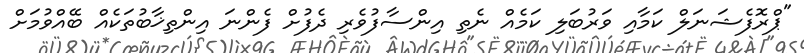
"ޕްރޮފެޝަނަލް ކަމާއި ވަރުބަލި ކަމެއް ނެތި އިންސާފުވެރި ދެފުށް ފެންނަ އިންތިޚާބުތަކެއް ބޭއްވުމަށް